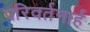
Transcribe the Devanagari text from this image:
परिवर्तनार्ह